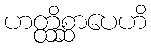
ဟတ္ထိစ္ဆာပေဟိ